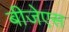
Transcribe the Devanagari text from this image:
बीजेएस